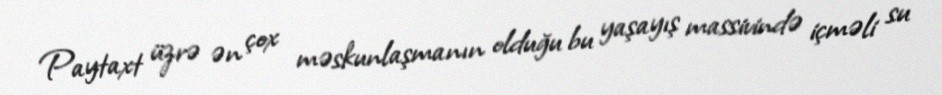
Paytaxt üzrə ən çox məskunlaşmanın olduğu bu yaşayış massivində içməli su